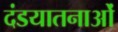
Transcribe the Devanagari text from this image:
दंडयातनाओं